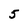
Character: 5